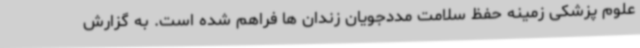
علوم پزشکی زمینه حفظ سلامت مددجویان زندان ها فراهم شده است. به گزارش